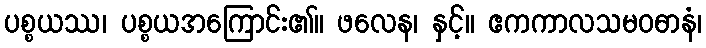
ပစ္စယဿ၊ ပစ္စယအကြောင်း၏။ ဖလေန၊ နှင့်။ ဧကကာလသမဝဓာနံ၊